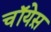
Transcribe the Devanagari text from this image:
चॉयेस़